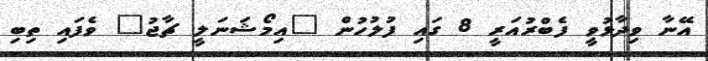
އޭނާ ވިދާޅުވީ ފެބްރުއަރީ 8 ގައި ފުލުހުން "އިމޯޝަނަލީ ޗާޖު" ވެފައި ތިބި